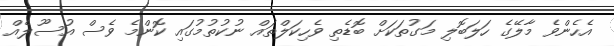
އެހެންވެ މާލޭގެ ހަލަބޮލި މަގުތަކަށް ބޮޑެތި ވެހިކަލްތައް ނުކުުތުމުގައި ކޮންމެެ ވެސް އުސޫލެއް